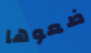
ضعوها